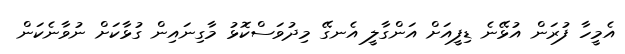
އެމީހާ ފުރަން އުޅޭނެ ޑިފީއަށް އަންގާލީ އެނގޭ މިދުވަސްކޮޅު މާގިނައިން ގުޅާކަށް ނުވާނެކަން